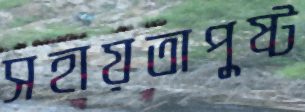
সহায়তাপুষ্ট